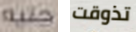
جنيه تذوقت